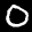
Label: 0